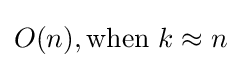
O(n),{\text{when }}k\approx n